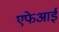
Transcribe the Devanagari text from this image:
एफेआई